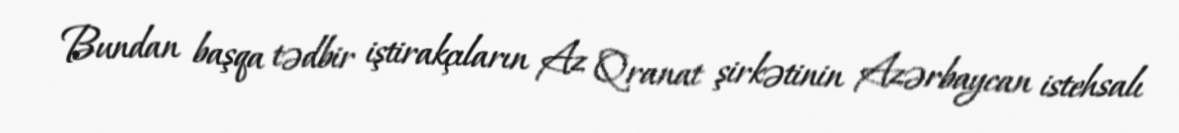
Bundan başqa tədbir iştirakçıların Az Qranat şirkətinin Azərbaycan istehsalı